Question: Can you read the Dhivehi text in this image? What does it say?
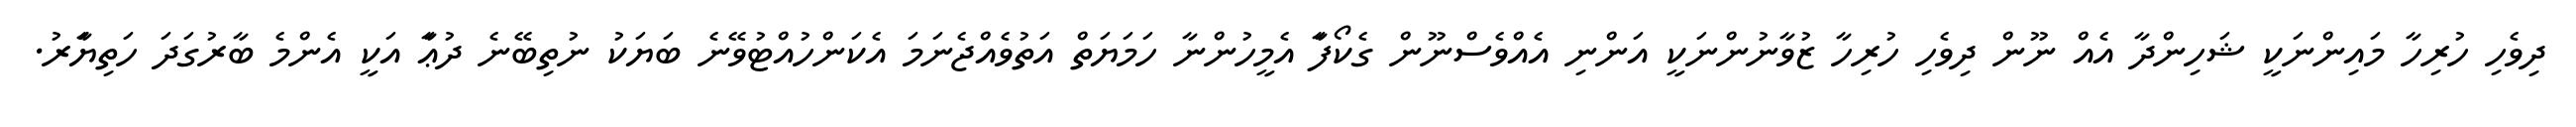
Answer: ދިވެހި ހުރިހާ މައިންނަކީ ޝަހިންދާ އެއް ނޫން ދިވެހި ހުރިހާ ޒުވާނުންނަކީ އަންނި އެއްވެސްނޫން ގެކޯފަާ އެމީހުންނާ ހަމަޔަތް އަތުވެއްޖެނަމަ އެކަންހުއްޓުވޭނެ ބަޔަކު ނުތިބޭނެ ދުޢަާ އަކީ އެންމެ ބާރުގަދަ ހަތިޔަަަާރު.